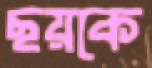
ছয়কে